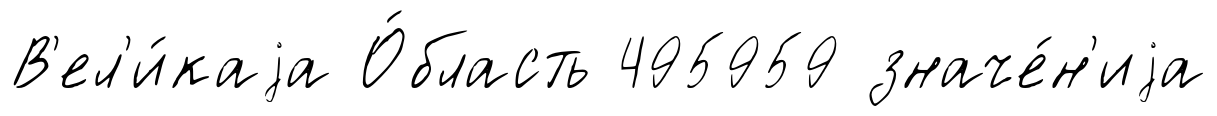
В'ел'и́каjа О́бласть 495959 значе́н'иjа